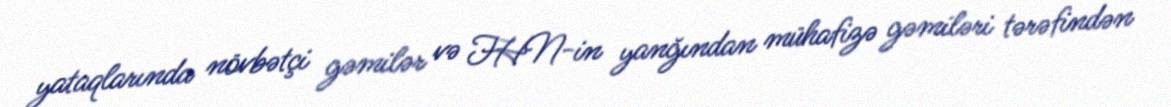
yataqlarında növbətçi gəmilər və FHN-in yanğından mühafizə gəmiləri tərəfindən